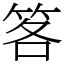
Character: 笿